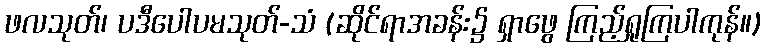
ဖလသုတ်၊ ပဒီပေါပမသုတ်-သံ (ဆိုင်ရာအခန်း၌ ရှာဖွေ ကြည့်ရှုကြပါကုန်။)